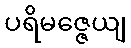
ပရိမဇ္ဇေယျ